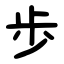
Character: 歩